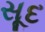
સૂદ